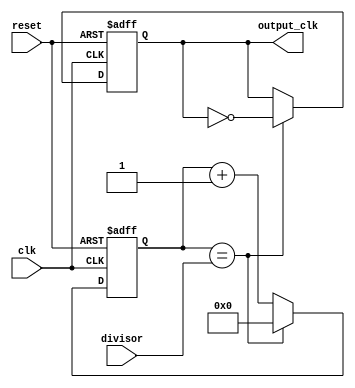
module clock_divider (
  input wire clk,
  input wire reset,
  input wire [7:0] divisor,
  output reg output_clk
);

reg [7:0] counter;

always @(posedge clk or posedge reset) begin
  if (reset) begin
    counter <= 8'b0;
    output_clk <= 1'b0;
  end else begin
    if (counter == divisor) begin
      counter <= 8'b0;
      output_clk <= ~output_clk;
    end else begin
      counter <= counter + 1;
    end
  end
end

endmodule